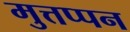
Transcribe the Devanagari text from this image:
मुत्तप्पन